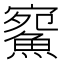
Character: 𩸪